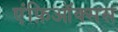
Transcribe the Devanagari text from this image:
एंफ़िऑक्सस